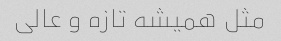
مثل همیشه تازه ‌و عالی